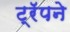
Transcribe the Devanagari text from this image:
ट्रॅपने